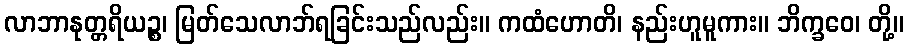
လာဘာနုတ္တရိယဉ္စ၊ မြတ်သေလာဘ်ရခြင်းသည်လည်း။ ကထံဟောတိ၊ နည်းဟူမူကား။ ဘိက္ခဝေ၊ တို့။